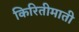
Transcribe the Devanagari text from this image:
किरितीमाती